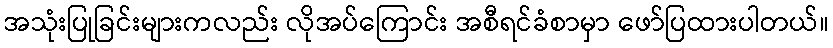
အသုံးပြုခြင်းများကလည်း လိုအပ်ကြောင်း အစီရင်ခံစာမှာ ဖော်ပြထားပါတယ်။